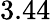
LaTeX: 3.44